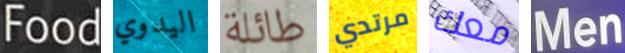
Food اليدوي طائلة مرتدي معك Men